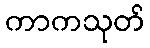
ကာကသုတ်